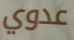
عدوي